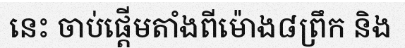
នេះ ចាប់ផ្តើមតាំងពីម៉ោង៨ព្រឹក និង